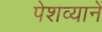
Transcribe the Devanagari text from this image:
पेशव्यानें